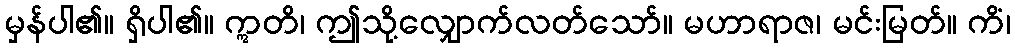
မှန်ပါ၏။ ရှိပါ၏။ ဣတိ၊ ဤသို့လျှောက်လတ်သော်။ မဟာရာဇ၊ မင်းမြတ်။ ကိံ၊